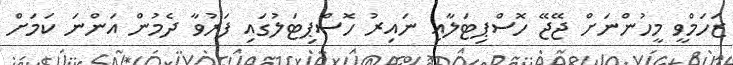
ޒަހަމްވީ މީހުންނަށް ޖޭޖޭ ހޮސްޕިޓަލާއި ނައިރު ހޮސްޕިޓަލުގައި ފަރުވާ ދެމުން އަންނަ ކަމަށް